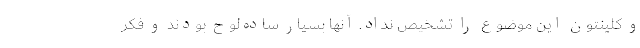
و کلینتون این موضوع را تشخیص نداد. آنها بسیار ساده‌لوح بودند و فکر